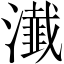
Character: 瀐